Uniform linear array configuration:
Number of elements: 32
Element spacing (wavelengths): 0.5
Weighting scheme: kaiser
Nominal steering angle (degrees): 15
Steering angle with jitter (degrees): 15.325
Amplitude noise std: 0.05
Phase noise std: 0.05

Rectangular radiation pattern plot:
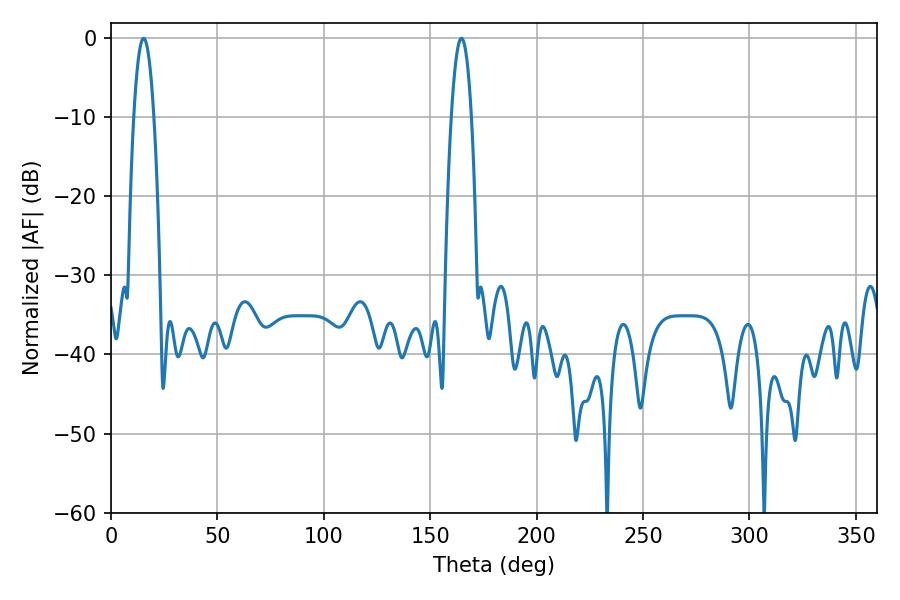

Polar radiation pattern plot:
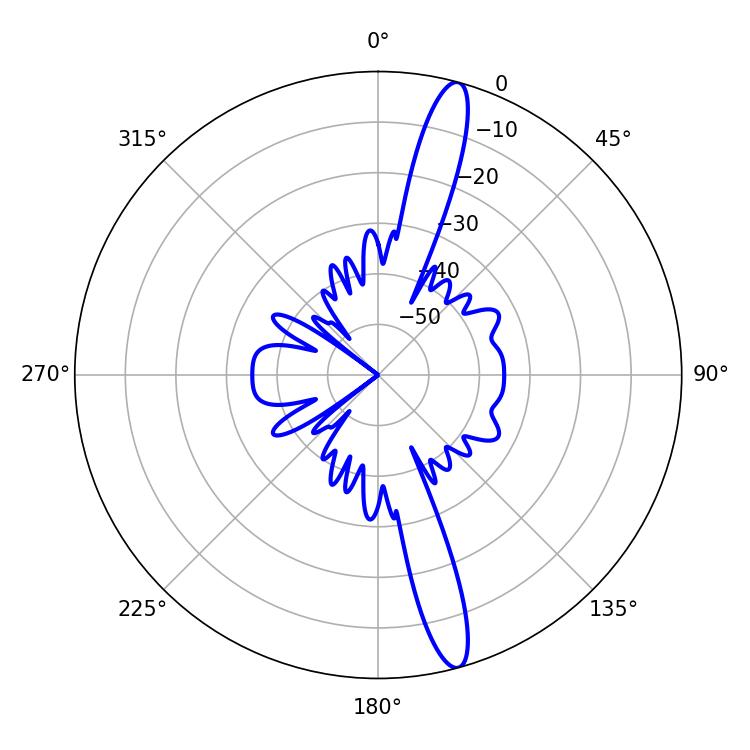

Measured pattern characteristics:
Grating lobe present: FALSE
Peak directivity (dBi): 15.832
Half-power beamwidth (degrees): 5.22
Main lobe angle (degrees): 15.3